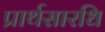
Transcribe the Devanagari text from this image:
प्रार्थसारधि